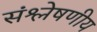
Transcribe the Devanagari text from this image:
संश्लेषणीय